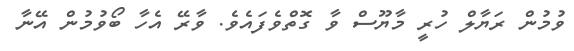
ވުމުން ރަޔާލް ހުރީ މާޔޫސް ވާ ގޮތްވެފައެވެ. ވާރޭ އެހާ ބޯވުމުން އޭނާ